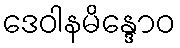
ဒေဝါနမိန္ဒောဝ